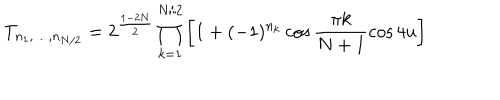
LaTeX: T _ { n _ { 1 } , \ldots , n _ { N / 2 } } = 2 ^ { \frac { 1 - 2 N } { 2 } } \prod _ { k = 1 } ^ { N / 2 } \left[ 1 + ( - 1 ) ^ { n _ { k } } \cos \frac { \pi k } { N + 1 } \cos 4 u \right]